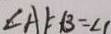
\angle A E B = \angle 1